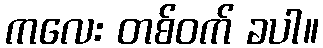
ကလေး တစ်ဝက် ခပါ။